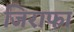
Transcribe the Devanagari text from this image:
जिराफा